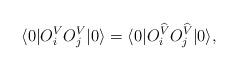
LaTeX: \begin{align*} \langle 0| O_i^V O_j^V |0\rangle = \langle 0| O_i^{\widehat{V}}O_j^{\widehat{V}} |0\rangle,\end{align*}